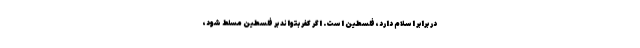
در برابر اسلام دارد، فلسطین است. اگر کفر بتواند بر فلسطین مسلط شود،